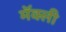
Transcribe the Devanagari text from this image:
मॅक्ली